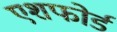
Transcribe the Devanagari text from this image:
एशफोर्ड